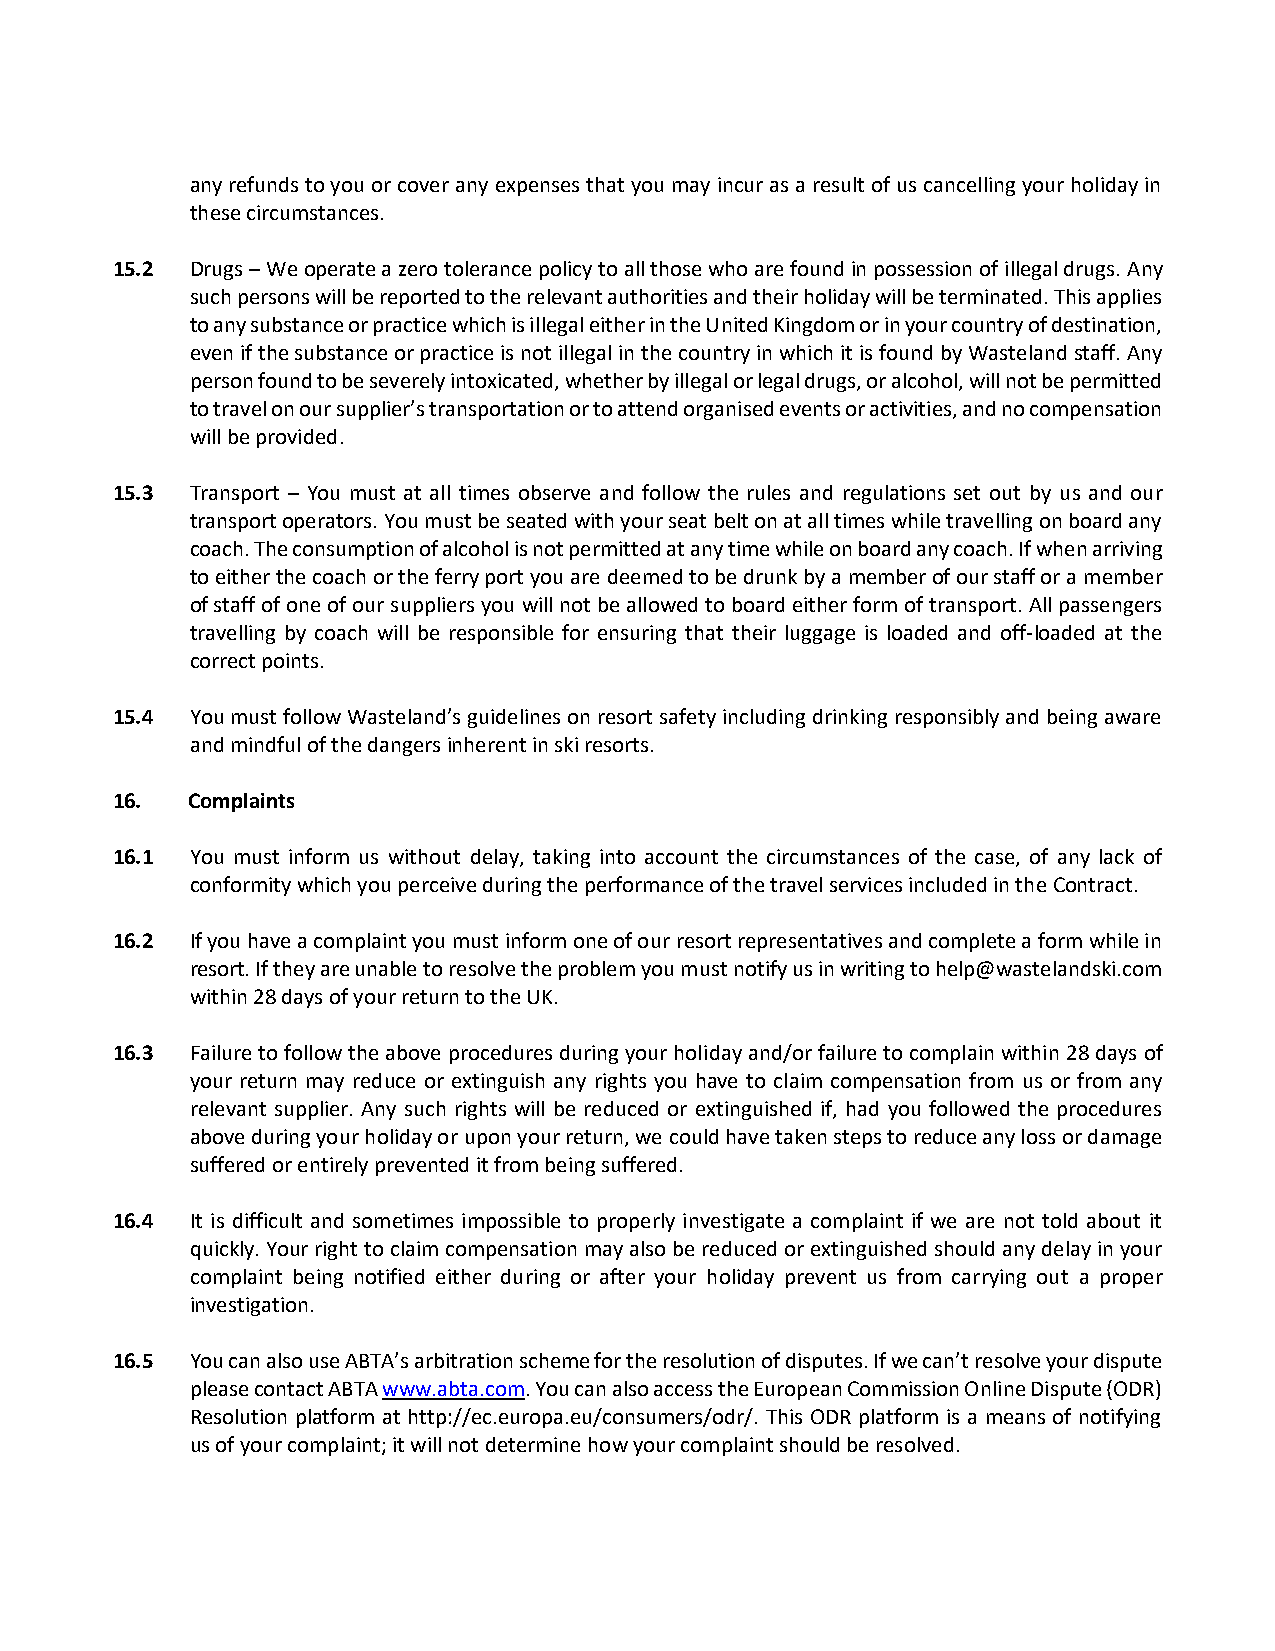
any refunds to you or cover any expenses that you may incur as a result of us cancelling your holiday in
 these circumstances.
 15.2  Drugs – We operate a zero tolerance policy to all those who are found in possession of illegal drugs. Any
 such persons will be reported to the relevant authorities and their holiday will be terminated. This applies
 to any substance or practice which is illegal either in the United Kingdom or in your country of destination,
 even if the substance or practice is not illegal in the country in which it is found by Wasteland staff. Any
 person found to be severely intoxicated, whether by illegal or legal drugs, or alcohol, will not be permitted
 to travel on our supplier’s transportation or to attend organised events or activities, and no compensation
 will be provided.
 15.3  Transport – You must at all times observe and follow the rules and regulations set out by us and our
 transport operators. You must be seated with your seat belt on at all times while travelling on board any
 coach. The consumption of alcohol is not permitted at any time while on board any coach. If when arriving
 to either the coach or the ferry port you are deemed to be drunk by a member of our staff or a member
 of staff of one of our suppliers you will not be allowed to board either form of transport. All passengers
 travelling by coach will be responsible for ensuring that their luggage is loaded and off-loaded at the
 correct points.
 15.4  You must follow Wasteland’s guidelines on resort safety including drinking responsibly and being aware
 and mindful of the dangers inherent in ski resorts.
 16.  Complaints
 16.1  You must inform us without delay, taking into account the circumstances of the case, of any lack of
 conformity which you perceive during the performance of the travel services included in the Contract.
 16.2  If you have a complaint you must inform one of our resort representatives and complete a form while in
 resort. If they are unable to resolve the problem you must notify us in writing to help@wastelandski.com
 within 28 days of your return to the UK.
 16.3  Failure to follow the above procedures during your holiday and/or failure to complain within 28 days of
 your return may reduce or extinguish any rights you have to claim compensation from us or from any
 relevant supplier. Any such rights will be reduced or extinguished if, had you followed the procedures
 above during your holiday or upon your return, we could have taken steps to reduce any loss or damage
 suffered or entirely prevented it from being suffered.
 16.4  It is difficult and sometimes impossible to properly investigate a complaint if we are not told about it
 quickly. Your right to claim compensation may also be reduced or extinguished should any delay in your
 complaint being notified either during or after your holiday prevent us from carrying out a proper
 investigation.
 16.5  You can also use ABTA’s arbitration scheme for the resolution of disputes. If we can’t resolve your dispute
 please contact ABTA www.abta.com. You can also access the European Commission Online Dispute (ODR)
 Resolution platform at http://ec.europa.eu/consumers/odr/. This ODR platform is a means of notifying
 us of your complaint; it will not determine how your complaint should be resolved.